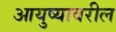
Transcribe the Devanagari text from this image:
आयुष्यावरील